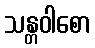
သန္တဝါစော